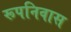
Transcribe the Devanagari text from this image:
रूपनिवास